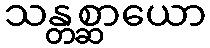
သန္တစ္ဆာယော